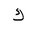
Letter: _kaf